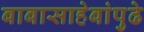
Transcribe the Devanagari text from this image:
बाबासाहेबांपुढे